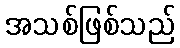
အသစ်ဖြစ်သည်